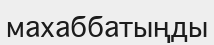
махаббатыңды